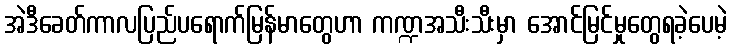
အဲဒီခေတ်ကာလပြည်ပရောက်မြန်မာတွေဟာ ကဏ္ဍအသီးသီးမှာ အောင်မြင်မှုတွေရခဲ့ပေမဲ့